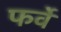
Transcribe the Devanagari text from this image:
फर्वे